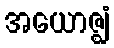
အယောဇ္ဈံ